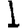
Digit: 1